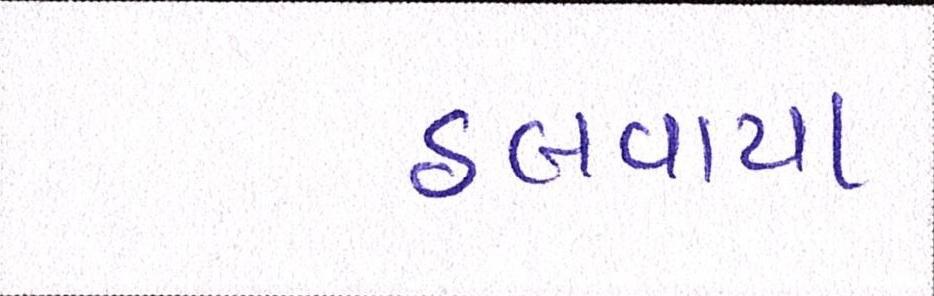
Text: ઠલવાયા